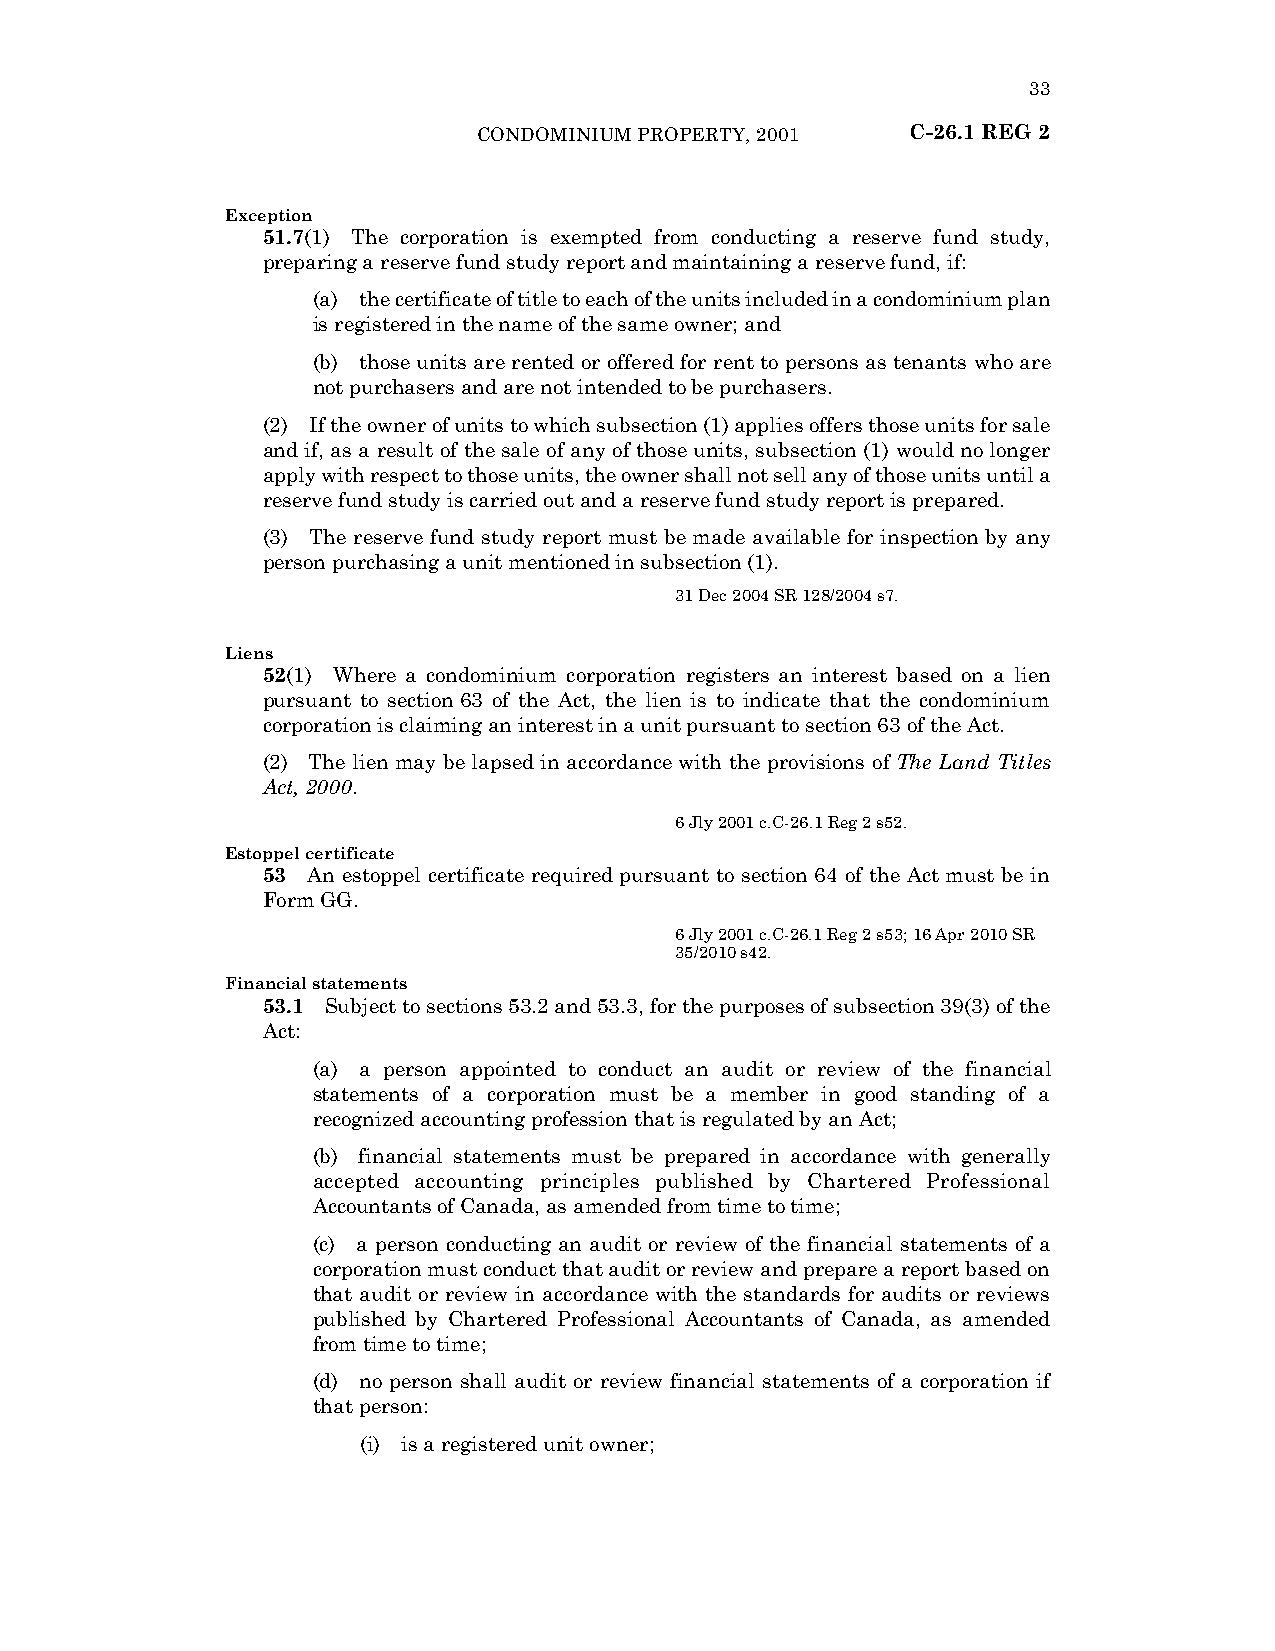
33
 CONDOMINIUM PROPERTY, 2001  C-26.1 REG 2
 Exception
 51.7(1) The corporation is exempted from conducting a reserve fund study,
 preparing a reserve fund study report and maintaining a reserve fund, if:
 (a) the certificate of title to each of the units included in a condominium plan
 is registered in the name of the same owner; and
 (b) those units are rented or offered for rent to persons as tenants who are
 not purchasers and are not intended to be purchasers.
 (2) If the owner of units to which subsection (1) applies offers those units for sale
 and if, as a result of the sale of any of those units, subsection (1) would no longer
 apply with respect to those units, the owner shall not sell any of those units until a
 reserve fund study is carried out and a reserve fund study report is prepared.
 (3) The reserve fund study report must be made available for inspection by any
 person purchasing a unit mentioned in subsection (1).
 31 Dec 2004 SR 128/2004 s7.
 Liens
 52(1) Where a condominium corporation registers an interest based on a lien
 pursuant to section 63 of the Act, the lien is to indicate that the condominium
 corporation is claiming an interest in a unit pursuant to section 63 of the Act.
 (2) The lien may be lapsed in accordance with the provisions of The Land Titles
 Act, 2000.
 6 Jly 2001 c.C-26.1 Reg 2 s52.
 Estoppel certificate
 53 An estoppel certificate required pursuant to section 64 of the Act must be in
 Form GG.
 6 Jly 2001 c.C-26.1 Reg 2 s53; 16 Apr 2010 SR
 35/2010 s42.
 Financial statements
 53.1 Subject to sections 53.2 and 53.3, for the purposes of subsection 39(3) of the
 Act:
 (a) a person appointed to conduct an audit or review of the financial
 statements of a corporation must be a member in good standing of a
 recognized accounting profession that is regulated by an Act;
 (b) financial statements must be prepared in accordance with generally
 accepted accounting principles published by Chartered Professional
 Accountants of Canada, as amended from time to time;
 (c) a person conducting an audit or review of the financial statements of a
 corporation must conduct that audit or review and prepare a report based on
 that audit or review in accordance with the standards for audits or reviews
 published by Chartered Professional Accountants of Canada, as amended
 from time to time;
 (d) no person shall audit or review financial statements of a corporation if
 that person:
 (i) is a registered unit owner;